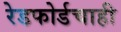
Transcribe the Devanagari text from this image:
रेडफोर्डचाही